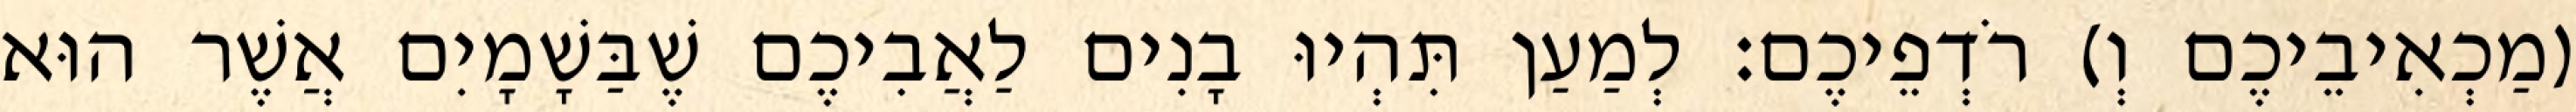
(מַכְאִיבֵיכֶם וְ) רֹדְפֵיכֶם׃ לְמַעַן תִּהְיוּ בָנִים לַאֲבִיכֶם שֶׁבַּשָׁמָיִם אֲשֶׁר הוּא